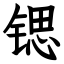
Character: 锶